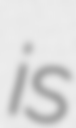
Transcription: is